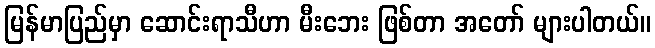
မြန်မာပြည်မှာ ဆောင်းရာသီဟာ မီးဘေး ဖြစ်တာ အတော် များပါတယ်။